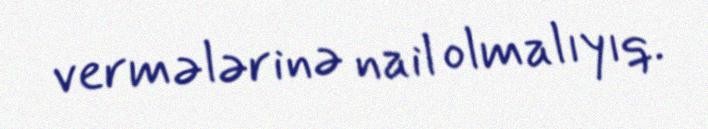
vermələrinə nail olmalıyıq.